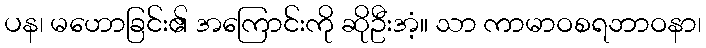
ပန၊ မဟောခြင်း၏ အကြောင်းကို ဆိုဦးအံ့။ သာ ကာမာဝစရဘာဝနာ၊